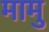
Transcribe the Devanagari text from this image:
मामु